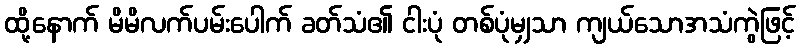
ထို့နောက် မိမိလက်ပမ်းပေါက် ခတ်သံ၏ ငါးပုံ တစ်ပုံမျှသာ ကျယ်သောအသံကွဲဖြင့်